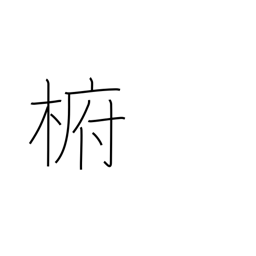
Meaning: type of evergreen camphor tree